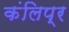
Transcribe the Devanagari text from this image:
कंलिप्र